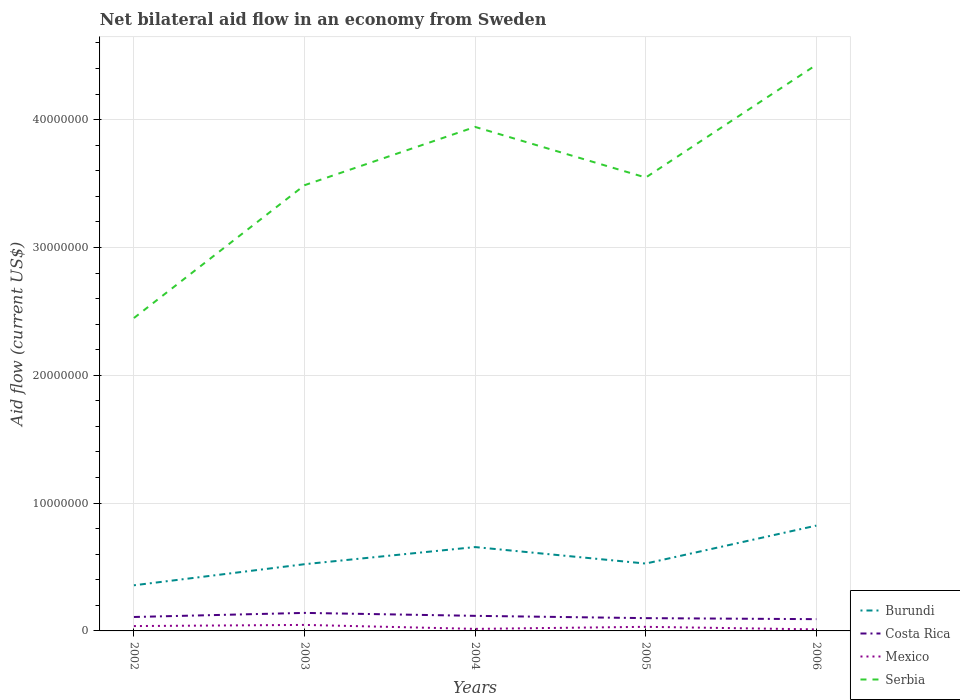
| Years | Burundi | Costa Rica | Mexico | Serbia |
 | --- | --- | --- | --- | --- |
 | 2002 | 3.57e+06 | 1.09e+06 | 3.8e+05 | 2.45e+07 |
 | 2003 | 5.22e+06 | 1.41e+06 | 4.7e+05 | 3.49e+07 |
 | 2004 | 6.56e+06 | 1.18e+06 | 1.6e+05 | 3.94e+07 |
 | 2005 | 5.27e+06 | 1e+06 | 3.2e+05 | 3.55e+07 |
 | 2006 | 8.24e+06 | 9.2e+05 | 1.2e+05 | 4.43e+07 |